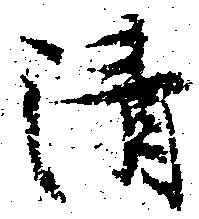
清